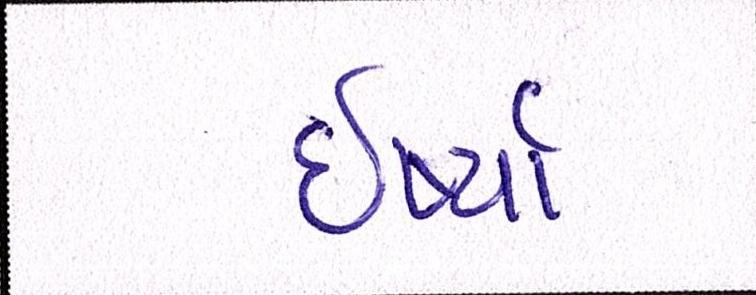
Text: ઈર્ષ્યા